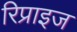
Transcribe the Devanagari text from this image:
रिप्राइज